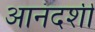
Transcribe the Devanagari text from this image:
आनंदशी